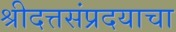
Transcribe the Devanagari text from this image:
श्रीदत्तसंप्रदयाचा